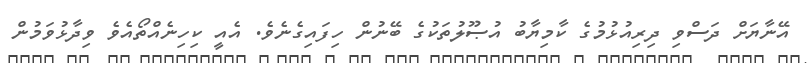
އޭނާޔަށް ދަސްވި ދިރިއުޅުމުގެ ކާމިޔާބު އުޞޫލުތަކުގެ ބޭނުން ހިފައިގެނެވެ. އެއީ ކިހިނެއްތޯއެވެ ވިދާޅުވަމުން